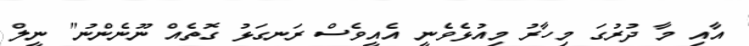
އާއި މާ ދުރުގަ މިހާރު މިއުޅެވެނީ އެއީވެސް ރަނގަޅު ގޮތެއް ނޫނެންނު" ނީލް